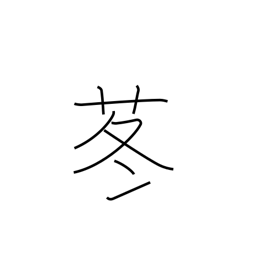
Meaning: butterbur